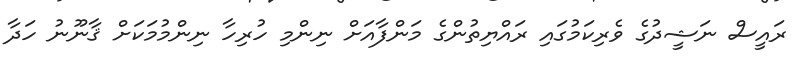
ރައީސް ނަޝީދުގެ ވެރިކަމުގައި ރައްޔިތުންގެ މަންފާއަށް ނިންމި ހުރިހާ ނިންމުމަކަށް ޤާނޫނު ހަދާ